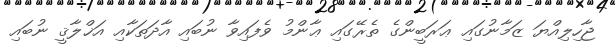
ޖާހިލިއްޔަ ޒަމާނުގައި ޢަރަބީންގެ ތެރޭގައި ޢާންމު ވެފައިވާ ނުބައި އާދަތަކާއި އަޚްލާޤީ ނުބައި